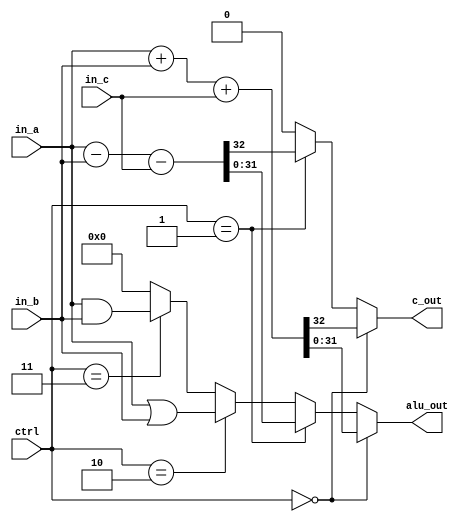
`timescale 1ns / 1ps
//////////////////////////////////////////////////////////////////////////////////
// Company: 
// Engineer: 
// 
// Design Name: 
// Module Name: alu32bit
// Project Name: 
// Target Devices: 
// Tool Versions: 
// Description: 
// 
// Dependencies: 
// 
// Revision:
// Revision 0.01 - File Created
// Additional Comments:
// 
//////////////////////////////////////////////////////////////////////////////////


module alu32bit(in_a, in_b, in_c, ctrl, alu_out, c_out

    );
    input wire[31:0] in_a, in_b;
    input wire in_c;
    input wire[1:0] ctrl;
    output reg[31:0] alu_out;
    output reg c_out;
    
    parameter ADD=0, SUB=1, OR=2, AND = 3;
    
    always @(*)
    begin
    
    if (ctrl == ADD) begin
    {c_out, alu_out} = in_a + in_b + in_c;
    end
    
    else if (ctrl == SUB) begin
    {c_out, alu_out} = in_a - in_b - in_c;
    end
    
    else if (ctrl == OR) begin
    {c_out, alu_out} = in_a | in_b;
    end
    
    else if (ctrl == AND) begin
    {c_out, alu_out} = (in_a & in_b);
    end
    
    else begin
    alu_out = 0;
    c_out = 0;
    end
    
    /*
    //else if (opcode==OR) begin
    //alu_out = in_a | in_b;
    //end
        
    else if (opcode==NOR) begin
    alu_out = ~(in_a | in_b);
    end
    
    else if (opcode==XOR) begin
    alu_out = in_a ^ in_b;
    end
    
    else if (opcode==XNOR) begin
    alu_out = ~(in_a ^ in_b);
    end
    */
    
   // else begin
    //alu_out = in_a;
    //end
    
    end
endmodule